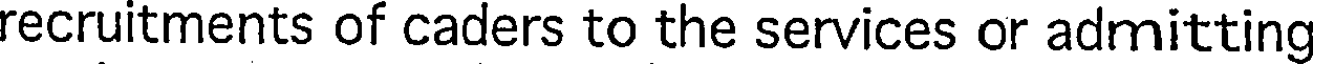
recruitments of caders to the services or admitting